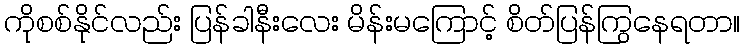
ကိုစစ်နိုင်လည်း ပြန်ခါနီးလေး မိန်းမကြောင့် စိတ်ပြန်ကြွနေရတာ။